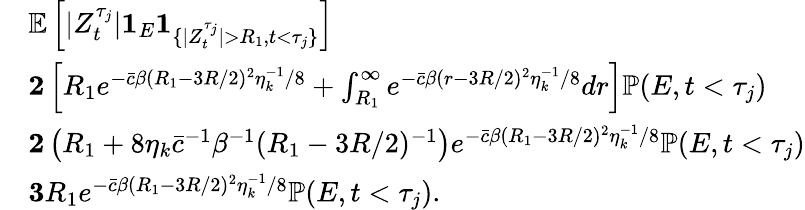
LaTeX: \begin{array}{rl}&{\mathbb{E}\left[|Z_{t}^{\tau_{j}}|\textbf{1}_{E}\textbf{1}_{\{ |Z_{t}^{\tau_{j}}|>R_{1},t<\tau_{j}\} }\right]}\\ &{\le 2\left[R_{1}e^{-\bar{c}\beta(R_{1}-3R/2)^{2}\eta_{k}^{-1}/8}+\int_{R_{1}}^{\infty}e^{-\bar{c}\beta(r-3R/2)^{2}\eta_{k}^{-1}/8}dr\right]\mathbb{P}(E,t<\tau_{j})}\\ &{\le 2\left(R_{1}+8\eta_{k}\bar{c}^{-1}\beta^{-1}(R_{1}-3R/2)^{-1}\right)e^{-\bar{c}\beta(R_{1}-3R/2)^{2}\eta_{k}^{-1}/8}\mathbb{P}(E,t<\tau_{j})}\\ &{\le 3R_{1}e^{-\bar{c}\beta(R_{1}-3R/2)^{2}\eta_{k}^{-1}/8}\mathbb{P}(E,t<\tau_{j}).}\end{array}